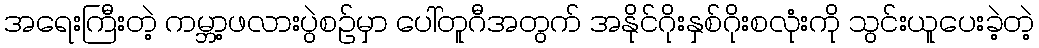
အရေးကြီးတဲ့ ကမ္ဘာ့ဖလားပွဲစဉ်မှာ ပေါ်တူဂီအတွက် အနိုင်ဂိုးနှစ်ဂိုးစလုံးကို သွင်းယူပေးခဲ့တဲ့